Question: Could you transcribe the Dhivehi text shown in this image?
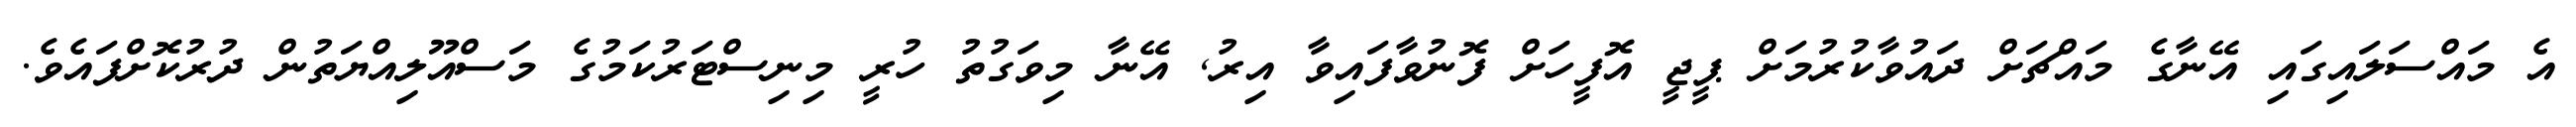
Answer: އެ މައްސަލައިގައި އޭނާގެ މައްޗަށް ދައުވާކުރުމަށް ޕީޖީ އޮފީހަށް ފޮނުވާފައިވާ އިރު, އޭނާ މިވަގުތު ހުރީ މިނިސްޓަރުކަމުގެ މަސްއޫލިއްޔަތުން ދުރުކޮށްފައެވެ.